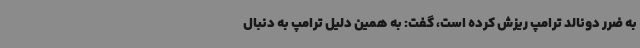
به ضرر دونالد ترامپ ریزش کرده است، گفت: به همین دلیل ترامپ به دنبال